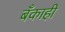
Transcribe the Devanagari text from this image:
बँकाही